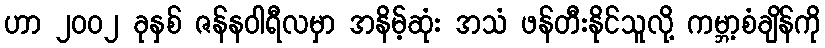
ဟာ ၂၀၀၂ ခုနှစ် ဇန်နဝါရီလမှာ အနိမ့်ဆုံး အသံ ဖန်တီးနိုင်သူလို့ ကမ္ဘာ့စံချိန်ကို